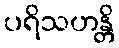
ပရိသဟန္တိ